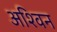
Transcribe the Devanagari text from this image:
अश्‍िवन